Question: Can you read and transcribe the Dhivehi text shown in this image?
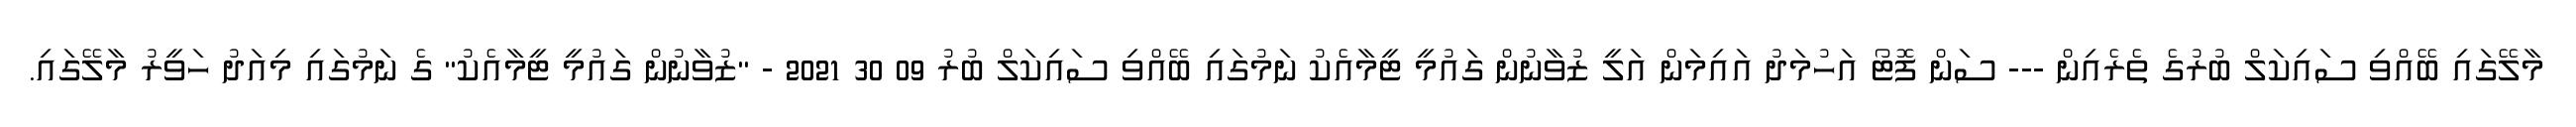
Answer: މާލޭގައި ބޭއްވި ސައިކަލް ބުރުގެ ތެރެއިން --- ސަން ފޮޓޯ އަހުމަދު އައިމަން އަލީ ޒުވާނުން ގައުމީ ޓީމާއެކު ނަމުގައި ބޭއްވި ސައިކަލް ބުރު 09 30 2021 - "ޒުވާނުން ގައުމީ ޓީމާއެކު" ގެ ނަމުގައި މިއަދު ހަވީރު މާލޭގައި.